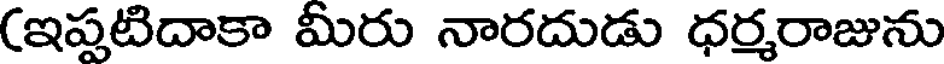
(ఇప్పటిదాకా మీరు నారదుడు ధర్మరాజును